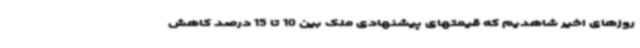
روزهای اخیر شاهدیم که قیمتهای پیشنهادی ملک بین 10 تا 15 درصد کاهش